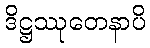
ဒိဋ္ဌဿုတေနာပိ